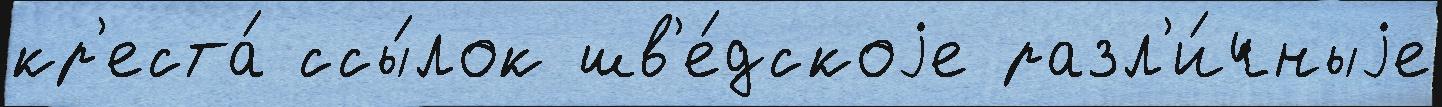
кр'еста́ ссы́лок шв'е́дскоjе разл'и́чныjе